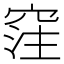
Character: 𥦠